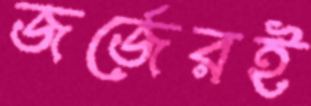
জর্জেরই